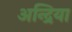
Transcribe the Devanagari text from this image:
अन्द्रिया